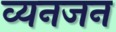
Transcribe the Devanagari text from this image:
व्यनजन